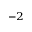
^ { - 2 }